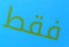
فقط